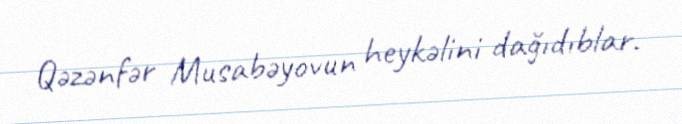
Qəzənfər Musabəyovun heykəlini dağıdıblar.